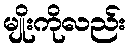
မျိုးကိုလည်း